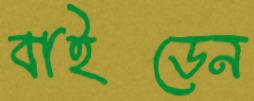
বাইডেন